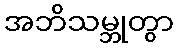
အဘိသမ္ဘုတွာ